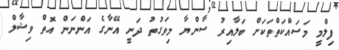
ފިލްމީ މަސައްކަތްތަކަށް ބަލާއިރު ސާންޔާ މިވަގުތު ދަނީ އޭނާގެ އަންނަން އޮތް ވިޝާލް